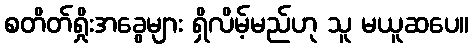
စတိတ်ရှိုးအခွေများ ရှိလိမ့်မည်ဟု သူ မယူဆပေ။